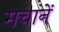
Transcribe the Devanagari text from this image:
मचानें